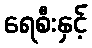
ရေစီးနှင့်